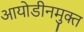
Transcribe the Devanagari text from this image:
आयोडीनमुक्त